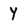
Character: y